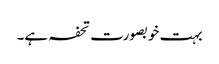
بہت خوبصورت تحفہ ہے۔